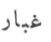
غبار